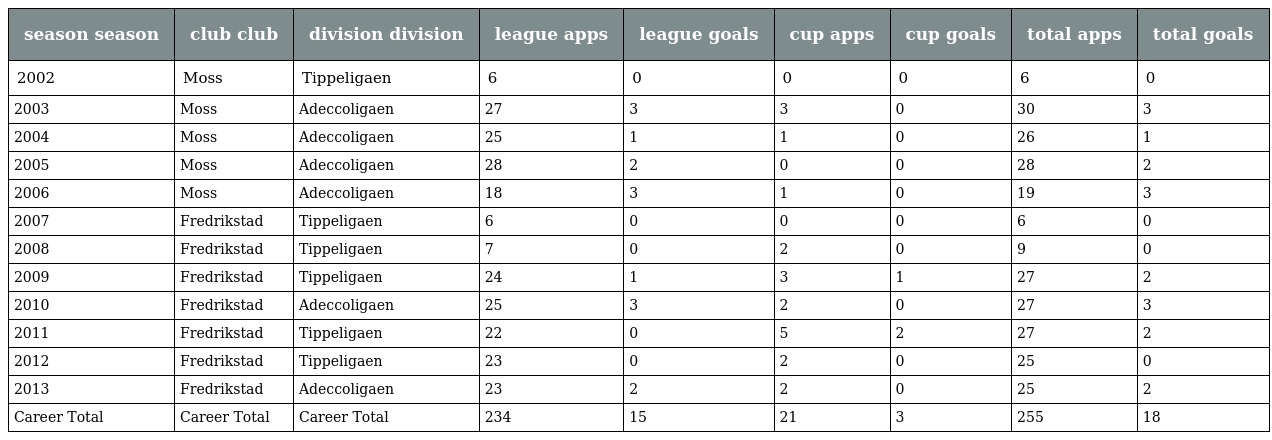
| season season | club club | division division | league apps | league goals | cup apps | cup goals | total apps | total goals |
 | --- | --- | --- | --- | --- | --- | --- | --- | --- |
 | 2002 | Moss | Tippeligaen | 6 | 0 | 0 | 0 | 6 | 0 |
 | 2003 | Moss | Adeccoligaen | 27 | 3 | 3 | 0 | 30 | 3 |
 | 2004 | Moss | Adeccoligaen | 25 | 1 | 1 | 0 | 26 | 1 |
 | 2005 | Moss | Adeccoligaen | 28 | 2 | 0 | 0 | 28 | 2 |
 | 2006 | Moss | Adeccoligaen | 18 | 3 | 1 | 0 | 19 | 3 |
 | 2007 | Fredrikstad | Tippeligaen | 6 | 0 | 0 | 0 | 6 | 0 |
 | 2008 | Fredrikstad | Tippeligaen | 7 | 0 | 2 | 0 | 9 | 0 |
 | 2009 | Fredrikstad | Tippeligaen | 24 | 1 | 3 | 1 | 27 | 2 |
 | 2010 | Fredrikstad | Adeccoligaen | 25 | 3 | 2 | 0 | 27 | 3 |
 | 2011 | Fredrikstad | Tippeligaen | 22 | 0 | 5 | 2 | 27 | 2 |
 | 2012 | Fredrikstad | Tippeligaen | 23 | 0 | 2 | 0 | 25 | 0 |
 | 2013 | Fredrikstad | Adeccoligaen | 23 | 2 | 2 | 0 | 25 | 2 |
 | Career Total | Career Total | Career Total | 234 | 15 | 21 | 3 | 255 | 18 |